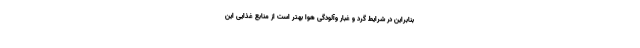
بنابراین در شرایط گرد و غبار وآلودگی هوا بهتر است از منابع غذایی این